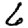
Digit: 6